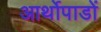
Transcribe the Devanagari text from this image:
आर्थोपाडों